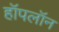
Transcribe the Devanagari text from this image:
हॉपलॉन